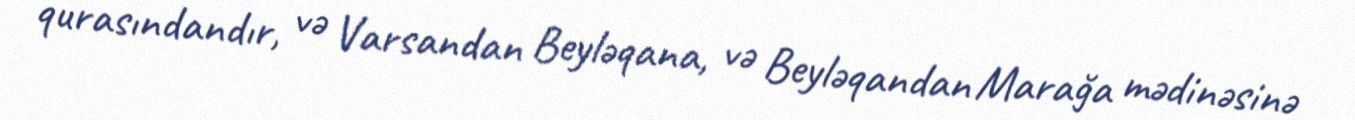
qurasındandır, və Varsandan Beyləqana, və Beyləqandan Marağa mədinəsinə